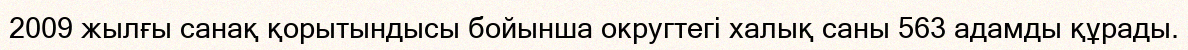
2009 жылғы санақ қорытындысы бойынша округтегі халық саны 563 адамды құрады.